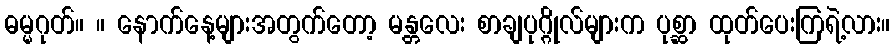
ဓမ္မဂုတ်။ ။ နောက်နေ့များအတွက်တော့ မန္တလေး စာချပုဂ္ဂိုလ်များက ပုစ္ဆာ ထုတ်ပေးကြရဲ့လား။